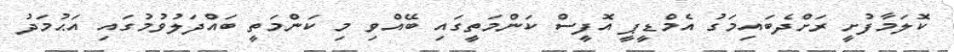
ކޮލަމާފުށީ ރަށްދެބައިމަގު އެމްޑީޕީ އޮފީސް ކަންމަތީގައި ބޭއްވި މި ކަންމަތީ ބައްދަލުވުމުގައި އަޙުމަދު